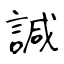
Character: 諴